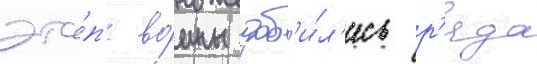
эта́п'е воины доб'и́л'ись р'яда